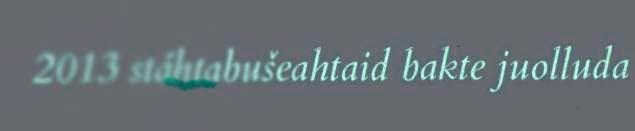
2013 stáhtabušeahtaid bakte juolluda